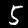
Label: 5